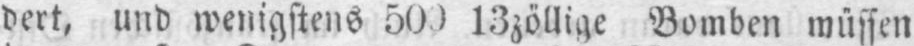
13zöllige Bomben müssen